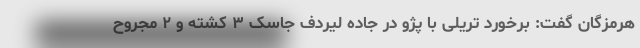
هرمزگان گفت: برخورد تریلی با پژو در جاده لیردف جاسک ۳ کشته و ۲ مجروح